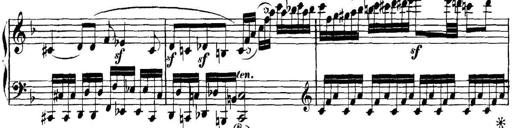
Title: Collected Piano Sonatas
Composer: Muzio Clementi